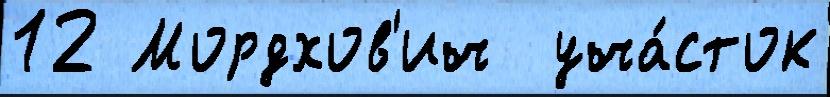
12 Мордхов'ич  уча́сток